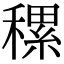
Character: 𥡜